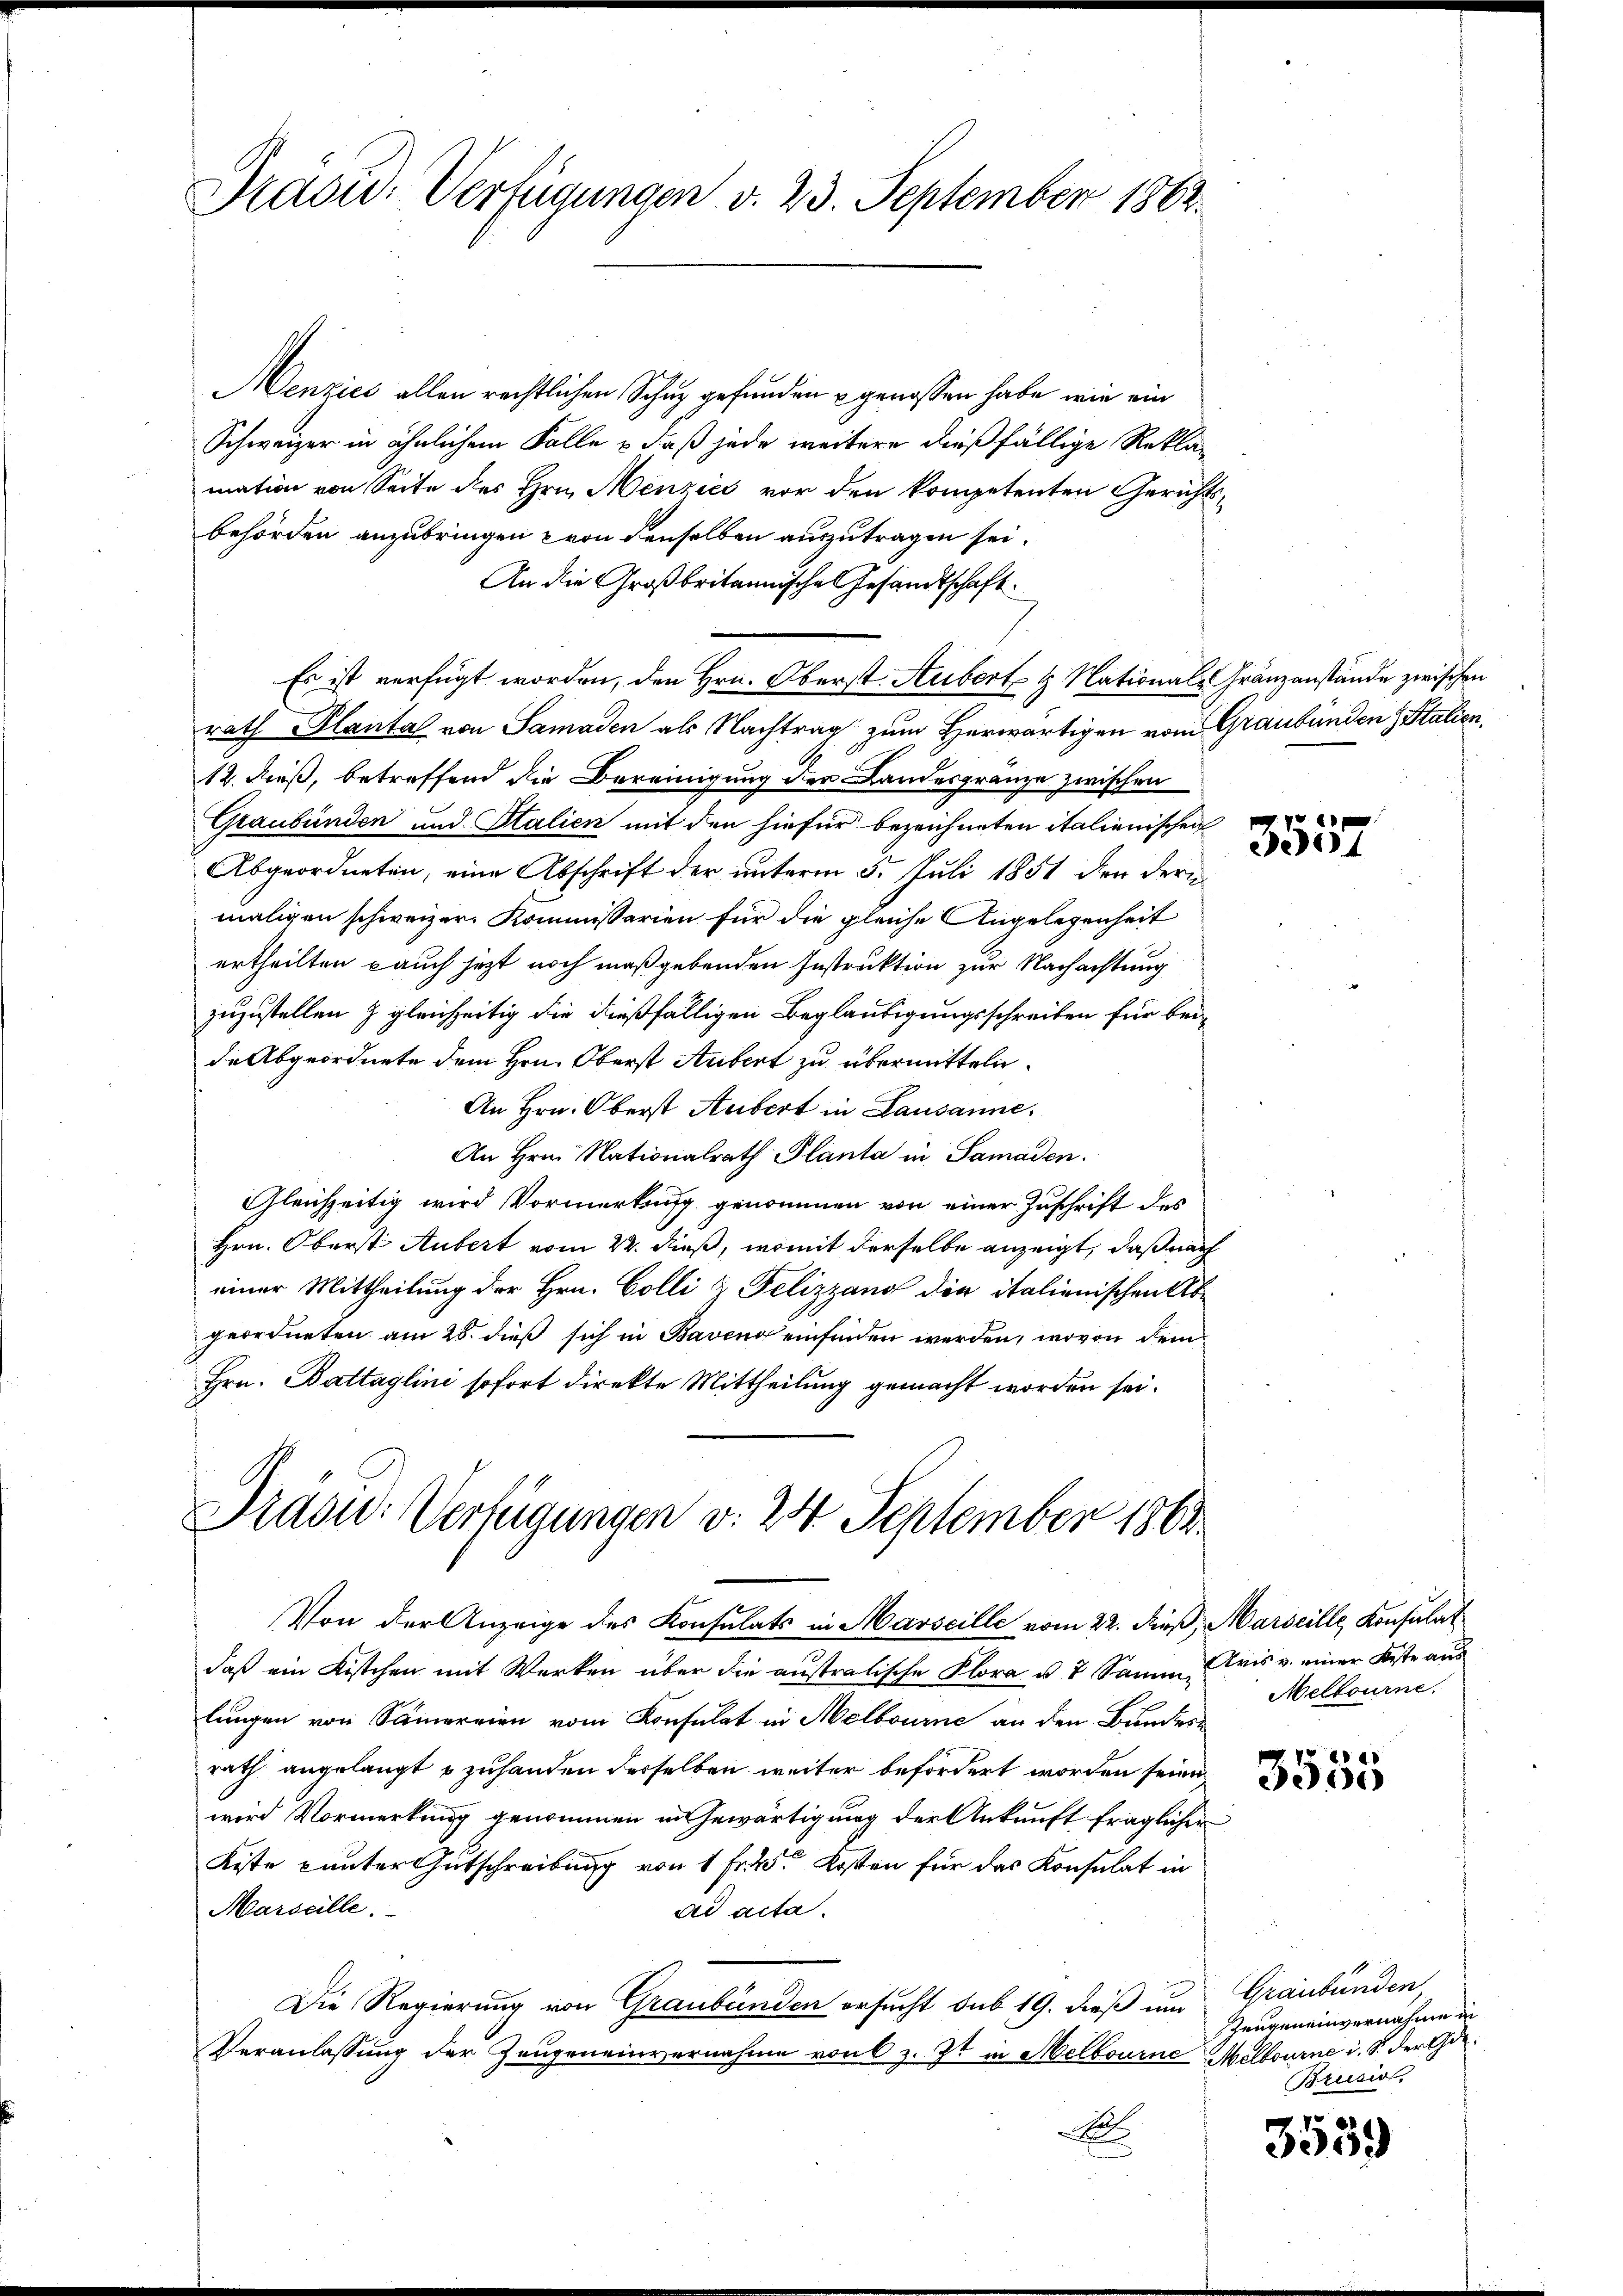
Pradw. Verfügungen v. 23. September 1862.

Henzics allen rechtlichen Schaz gefunden u genossen habe, wie ein
Schweizer in ähnlichem Falle & daß jede weitere dießfällige Rekla-
mation von Seite des Hrn. Menzićć vor den kompetenten Gerichtsbehörden anzubringen von denselben auszutragen sei.
An die Großbritannische Gesandtschaft.
Es ist verfügt worden, den Hrn. Oberst Aubert & Nationale Gränzanstände zwischen
rath Plantal von Samaden als Nachtrag zum Herwärtigen vom Graubünden Stalien,
12. dieß, betreffend die Bereinigung der Landesgränze zwischen
Graubünden und Stalien mit den hiefür bezeichneten italienischen
Abgeordneten, eine Abschrift der unterm 5. Juli 1851 den dermaligen schweizer. Kommissarien für die gleiche Angelegenheit
ertheilten auch jetzt noch maßgebenden Instruktion zur Nachachtung
zuzustellen & gleichzeitig die dießfälligen Beglaubigungsschreiben für bei-
die Abgeordnete dem Hrn. Oberst Arbert zu übermitteln.
An Hrn. Oberst Aubert in Lausanne.
An Hrn. Nationalrath Planta in Samaden.
Gleichzeitig wird Vormerkung genommen von einer Zuschrift des
Hrn. Oberst Aubert vom 22. dieß, womit derselbe anzeigt, daß nach
einer Mittheilung der Hrn. Colli & Felizzang die italienischen Abgeordneten am 28. dieß sich in Baven einfinden werden, wovon dem
Hrn. Battaglini sofort direkte Mittheilung gemacht worden sei.
Präsu: Verfügungen v. 24 September 1864

Von der Anzeige des Konsulats in Marseille vom 22. dieß, Marseille, Konsulat
daß ein Kistchen mit Werken über die austratische Flora u. 7 Sammlungen von Samerien vom Konsulat in Melbourne an den Bundesrath angelangt u zuhanden derselben weiter befördert worden seien.
wird Vormerkung genommen in Gewärtigung der Ankunft fraglicher
Kiste unter Gutschreibung von 1 Fr. 4. Kosten für das Konsulat in
Marseille.
ad acta.
Die Regierung von Graubünden ersucht sub 19. dieß um
Veranlassung der Zeugeneinvernahme von 6 z. Zt. in Melbourne Melbourné i. S. der Ge¬
A

ef

Aris v. einer Beste aus
Melbourne.

4
3500

Graubünden,
Zeugeneinvernahme in
Brusio,

3559